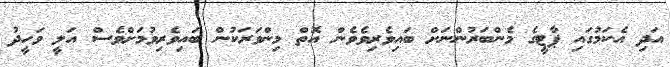
އަދި އެކަމުގައި ޕާޓީގެ މެންބަރުންނަށް ބައިވެރިވެވެން އޮތް މިންވަރަކުން ބައިވެރިވުމަށްވެސް އަލީ ވަހީދު